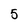
Character: 5